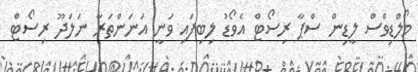
މޯލްޑިވްސް ލީޑިން ސްޕާ ރިސޯޓް އެވޯޑު ލިބިފައި ވަނީ އަނަންތަރާ ނަލަދޫ ރިސޯޓް